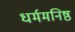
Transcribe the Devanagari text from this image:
धर्ममनिष्ठ